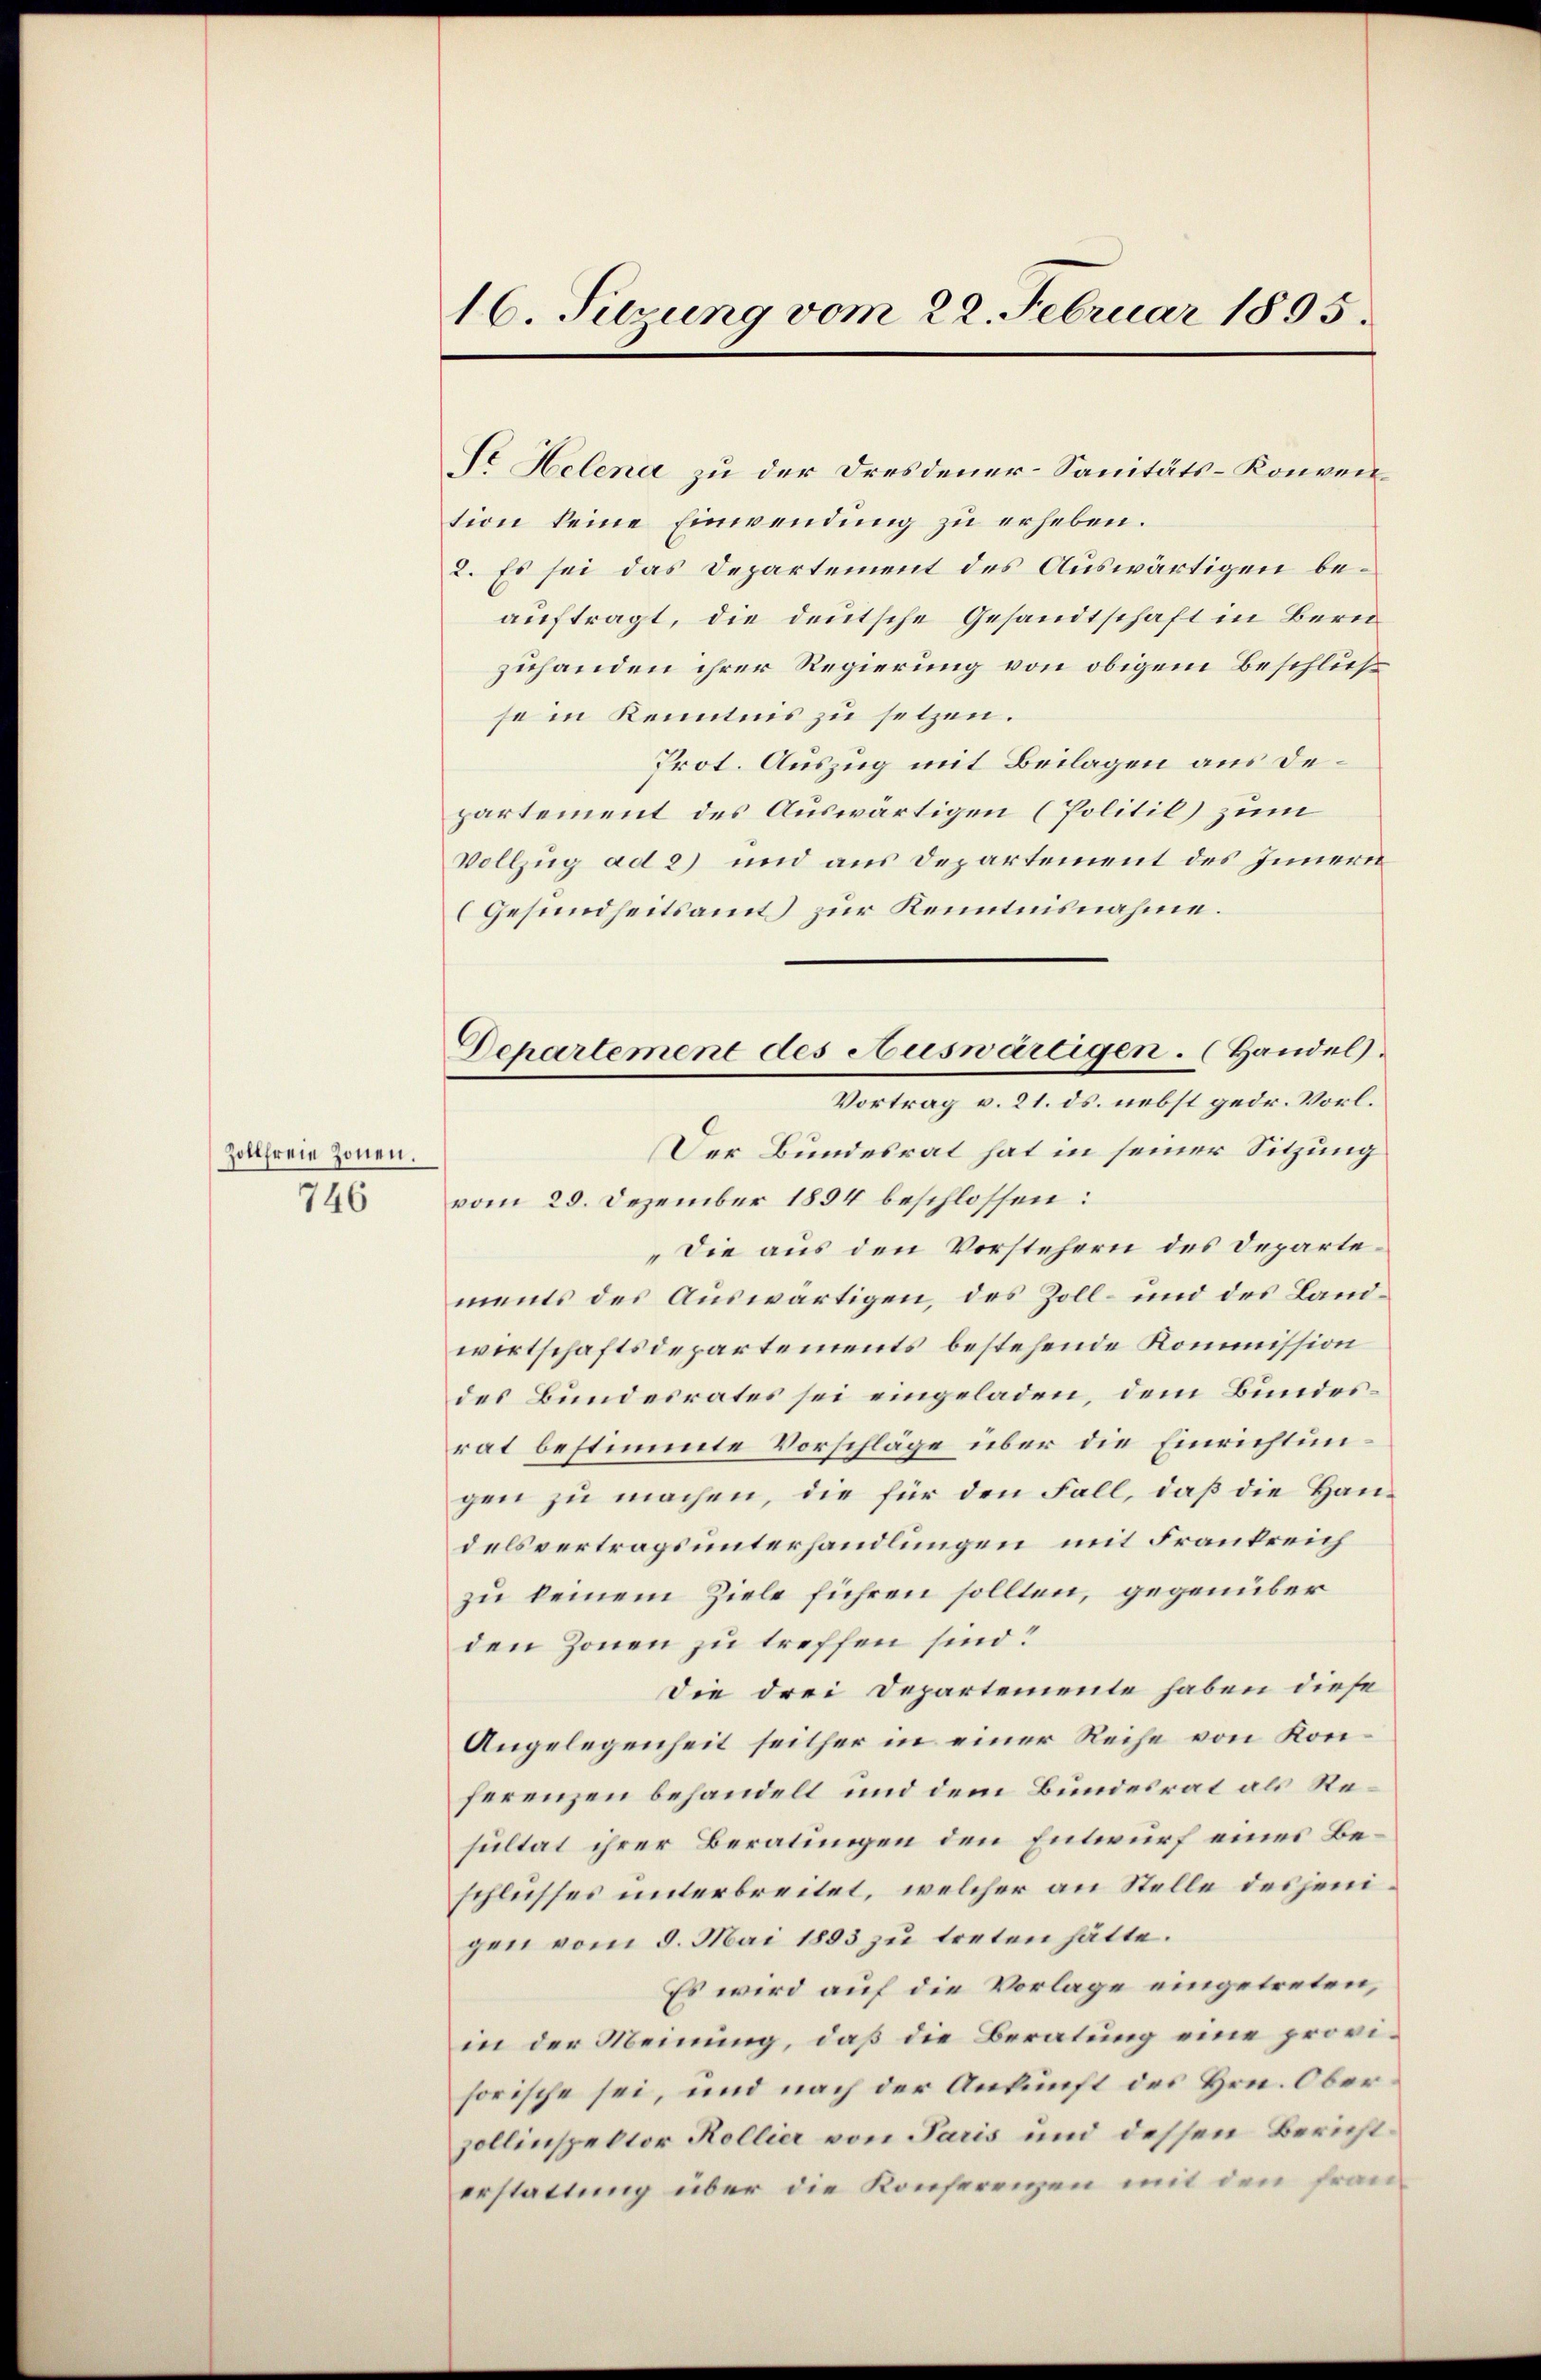
Zollfreie Zonen.
746

16. Suzung vom 22. Februar 1895.

Dr Helena zu der Dresdener-Sanitäts-Konvention keine Einwendung zu erheben.
2. Es sei das Departement des Auswärtigen beauftragt, die deutsche Gesandtschaft in Bern
zuhanden ihrer Regierung von obigem Beschlusse in Kenntnis zu setzen.
Prot. Auszug mit Beilagen aus departement des Auswärtigen (Politil) zum
Vollzug ad 2) und aus Departement des Innern
(Gesundheitsamt zur Kenntnisnahme.
Der Bundesrat hat in seiner Sitzung
vom 20. Dezember 1894 beschlossen:
Die aus den Vorstehern des Departements des Auswärtigen, des Zoll- und des Landwirtschaftsdepartements bestehende Kommission
des Bundesrates sei eingeladen, dem Bundesrat bestimmte Vorschläge über die Einrichtungen zu machen, die für den Fall, daß die Handelsvertragsunterhandlungen mit Frankreich
zu keinem Ziele führen sollten, gegenüber
den Zonen zu treffen sind?
Die drei Departemente haben diese
Angelegenheit seither in einer Reihe von Konferenzen behandelt und dem Bundesrat als Resultat ihrer Beratungen den Entwurf eines Beschlusses unterbreitet, welcher an Stelle desjenigen vom 9. Mai 1893 zu treten hätte.
Es wird auf die Vorlage eingetreten,
in der Meinung, daß die Beratung eine provisorische sei, und nach der Ankunft des Hrn. Oberzollinspektor Kollier von Paris und dessen Bericht
erstattung über die Konferenzen mit den fran¬

Dehartement des Auswärtigen. (Handel).
Vortrag v. 21. ds. nebst gedr. Vorl.